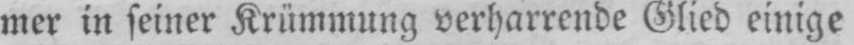
mer in seiner Krümmung verharrende Glied einige